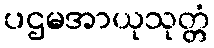
ပဌမအာယုသုတ္တံ